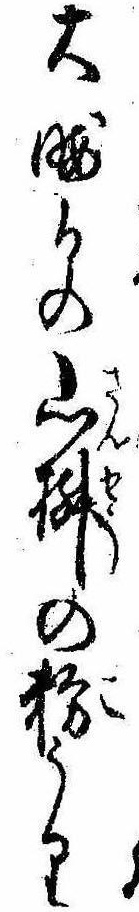
大晦日の山椒の粉うり